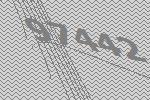
97442